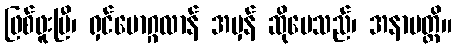
ဖြစ်ဖူးပြီ၊ ရှင်မောဂ္ဂလာန် အမှန် ဆိုပေသည်၊ အနာပတ္တိ။